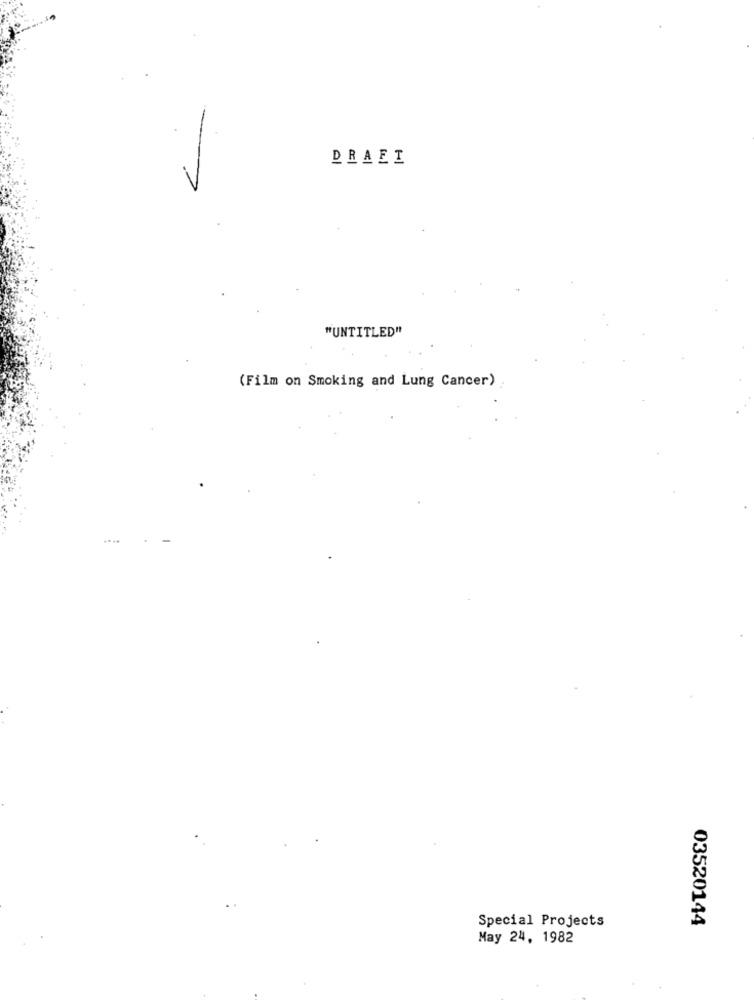
DRAEI
"UNTITLED"
(Film on Smoking and Lung Cancer)
Special Projects
03520144
May 24, 1982